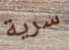
سرية